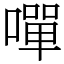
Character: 嘽